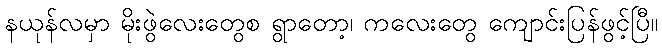
နယုန်လမှာ မိုးဖွဲလေးတွေစ ရွာတော့၊ ကလေးတွေ ကျောင်းပြန်ဖွင့်ပြီ။